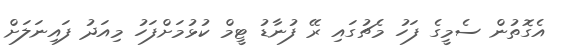
އެގޮތުން ސެމީގެ ފަހު މެޗުގައި ރޭ ފުނާޑު ޓީމް ކުޅުމަށްފަހު މިއަދު ފައިނަލަށް